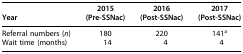
| Year | 2015 (Pre-SSNac) | 2016 (Post-SSNac) | 2017 (Post-SSNac) |
 | --- | --- | --- | --- |
 | Referral numbers (n) | 180 | 220 | 141a |
 | Wait time (months) | 14 | 4 | 4 |